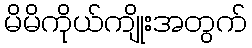
မိမိကိုယ်ကျိုးအတွက်